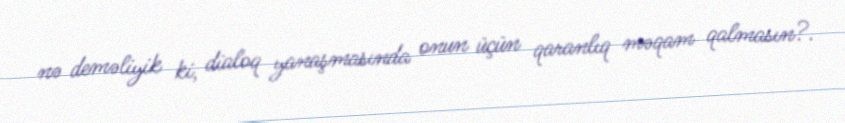
nə deməliyik ki, dialoq yanaşmasında onun üçün qaranlıq məqam qalmasın?.